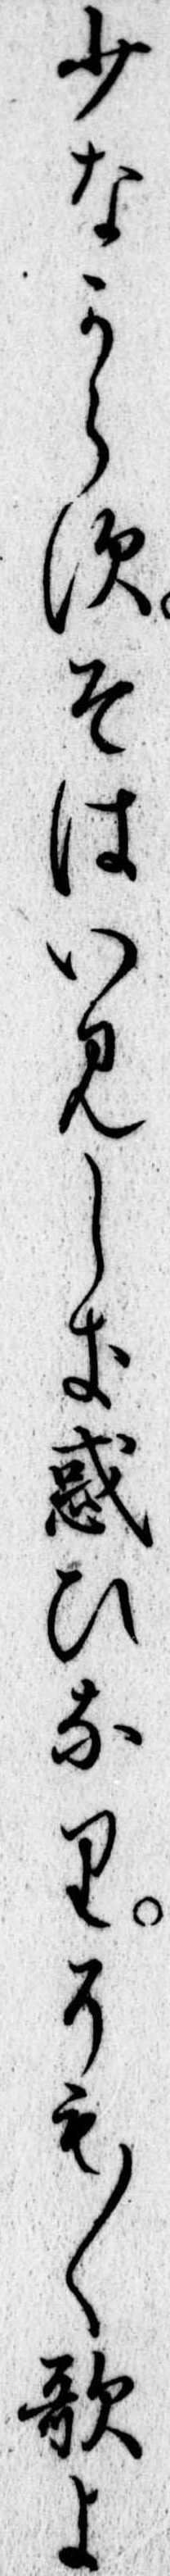
少なからすそはいみしき惑ひなりそも〱歌よ